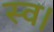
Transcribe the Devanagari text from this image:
स्‍व।